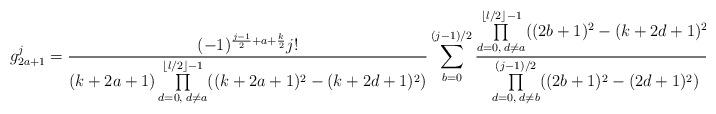
LaTeX: \begin{align*}g_{2a+1}^j&=\frac{(-1)^{\frac{j-1}{2}+a+\frac{k}{2}}j!}{(k+2a+1)\prod\limits_{d=0,\;d\neq a}^{\lfloor l/2\rfloor-1}((k+2a+1)^2-(k+2d+1)^2)}\sum_{b=0}^{(j-1)/2}\frac{\prod\limits_{d=0,\;d\neq a}^{\lfloor l/2\rfloor-1}((2b+1)^2-(k+2d+1)^2)}{\prod\limits_{d=0,\;d\neq b}^{(j-1)/2}((2b+1)^2-(2d+1)^2)},\end{align*}